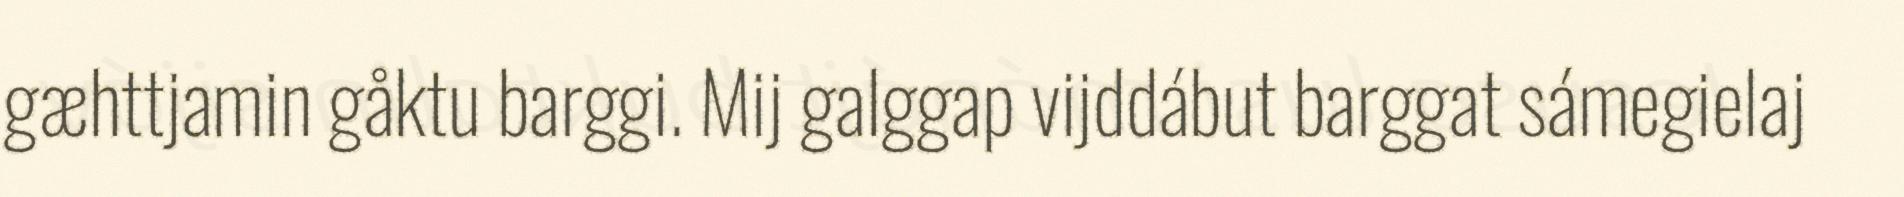
gæhttjamin gåktu barggi. Mij galggap vijddábut barggat sámegielaj